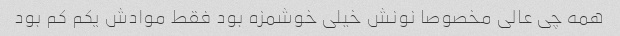
همه چی عالی مخصوصا نونش خیلی خوشمزه بود فقط موادش یکم کم بود